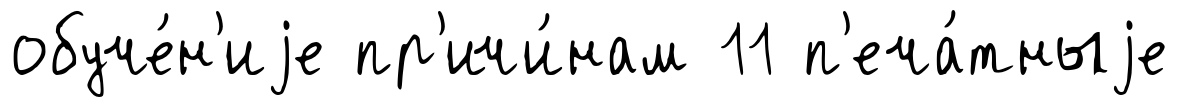
обуче́н'иjе пр'ичи́нам 11 п'еча́тныjе